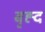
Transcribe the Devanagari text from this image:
बृह्द